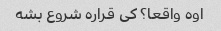
اوه واقعا؟ کی قراره شروع بشه